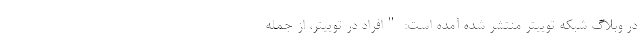
در وبلاگ شبکه توییتر منتشر شده آمده است: "افراد در توییتر، از جمله